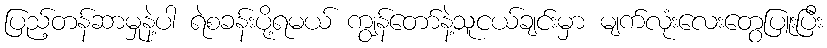
ပြည့်တန်ဆာမှုနဲ့ပါ ရဲစခန်းပို့ရမယ် ကျွန်တော်နဲ့သူငယ်ချင်းမှာ မျက်လုံးလေးတွေပြူးပြီး